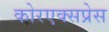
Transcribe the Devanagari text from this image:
कोरएक्सप्रेस